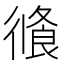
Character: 𢕦